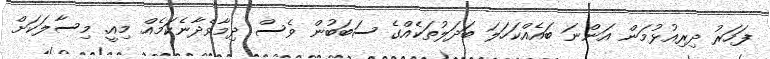
ފަހަރު ދިރިއުޅުމަން އަންނަ ބައެއްކަހަލަ ބަދަލުތަކެއްގެ ސަބަބުން ވެސް ދިމާވެދާނެކަމެއް މިއީ. މިސާލަކަށް